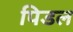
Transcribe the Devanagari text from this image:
पिडल